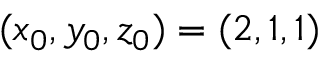
( x _ { 0 } , y _ { 0 } , z _ { 0 } ) = ( 2 , 1 , 1 )